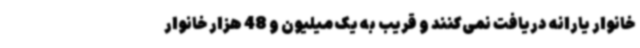
خانوار یارانه دریافت نمی‌کنند و قریب به یک میلیون و 48 هزار خانوار